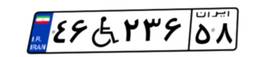
۴۶W۲۳۶۵۸